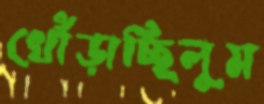
খোঁড়াচ্ছিলুম